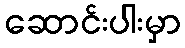
ဆောင်းပါးမှာ